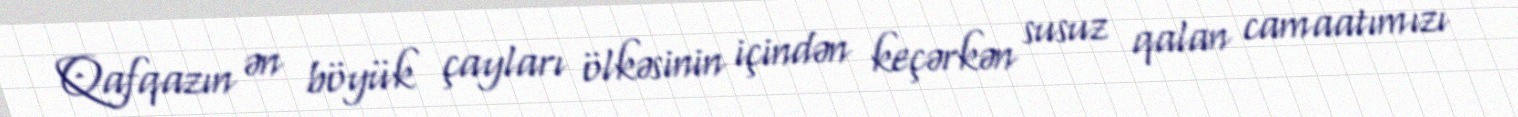
Qafqazın ən böyük çayları ölkəsinin içindən keçərkən susuz qalan camaatımızı